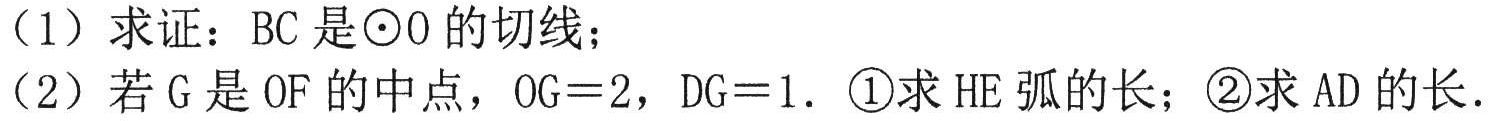
（1）求证：\(BC\)是\(\odot O\)的切线；
（2）若\(G\)是\(OF\)的中点，\(OG = 2\)，\(DG = 1\). \textcircled{1}求\(\overset{\frown}{HE}\)的长；\textcircled{2}求\(AD\)的长.